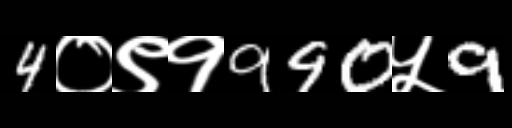
Text: 4०९१990५9